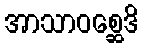
အာသာဝစ္ဆေဒိ